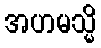
အဟမသ္မိ